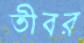
তীবর